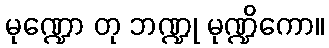
မုဏ္ဍော တု ဘဏ္ဍု မုဏ္ဍိကော။